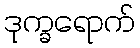
ဒုက္ခရောက်